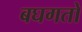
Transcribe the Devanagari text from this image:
बघगतो